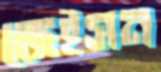
জেইসন